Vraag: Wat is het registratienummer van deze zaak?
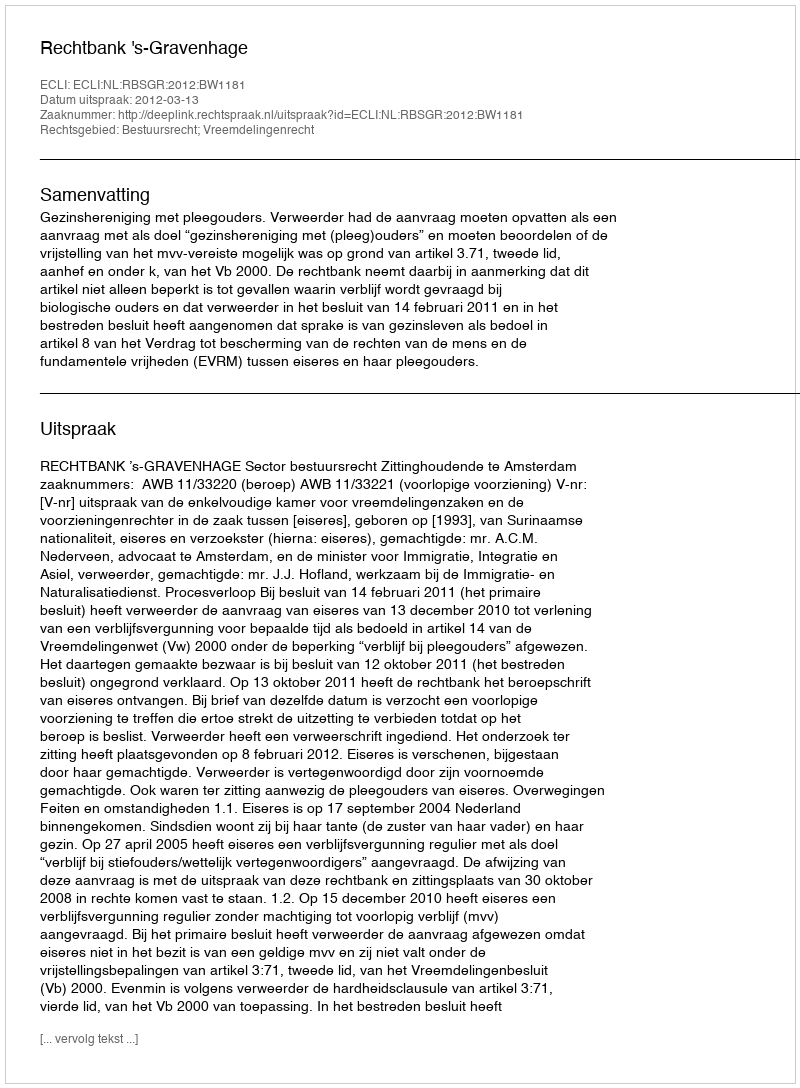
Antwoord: http://deeplink.rechtspraak.nl/uitspraak?id=ECLI:NL:RBSGR:2012:BW1181